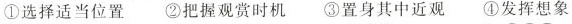
①选择适当位置②把握观赏时机③置身其中近观④发挥想象